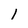
Character: l